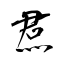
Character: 焄